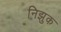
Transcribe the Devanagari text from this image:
निझुक